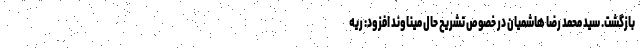
بازگشت. سید محمد رضا هاشمیان در خصوص تشریح حال میناوند افزود: ریه